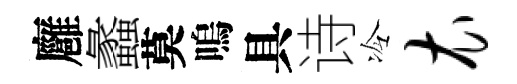
廱蠡莫嗚具诗冷衣